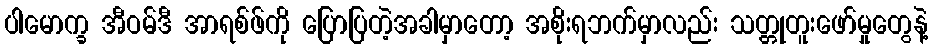
ပါမောက္ခ အီဝမ်ဒီ အာရစ်ဖ်ကို ပြောပြတဲ့အခါမှာတော့ အစိုးရဘက်မှာလည်း သတ္တုတူးဖော်မှုတွေနဲ့